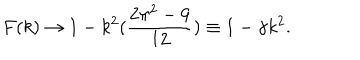
F ( k ) \rightarrow 1 - k ^ { 2 } ( \frac { 2 \pi ^ { 2 } - 9 } { 1 2 } ) \equiv 1 - \gamma k ^ { 2 } .